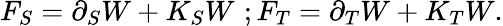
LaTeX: F_{S}=\partial_{S}W+K_{S}W\, \, ;F_{T}=\partial_{T}W+K_{T}W.